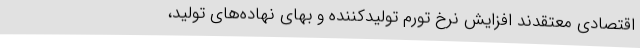
اقتصادی معتقدند افزایش نرخ تورم تولیدکننده و بهای نهاده‌های تولید،